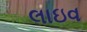
લાઇવ